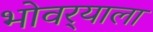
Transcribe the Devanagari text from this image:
भोवर्‍याला